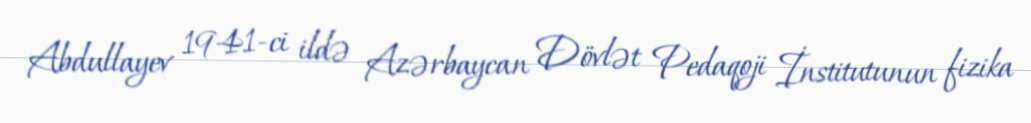
Abdullayev 1941-ci ildə Azərbaycan Dövlət Pedaqoji İnstitutunun fizika